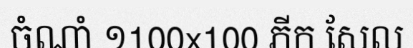
ចំណាំ ១100x100 ភីក សែល